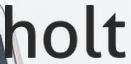
holt